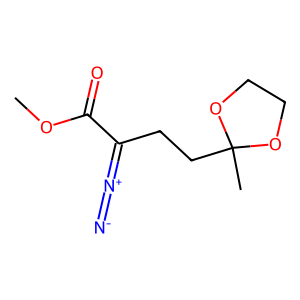
SMILES: COC(=O)C(CCC1(C)OCCO1)=[N+]=[N-]
Inhibits HIV replication: No